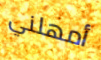
أمهلني